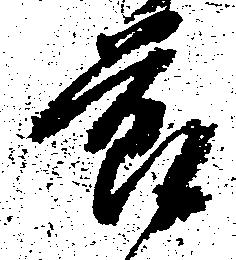
節